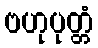
ဗဟုပုတ္တံ